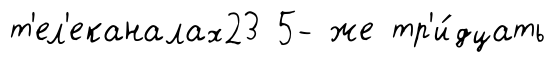
т'ел'еканалах23 5- же тр'и́дцать